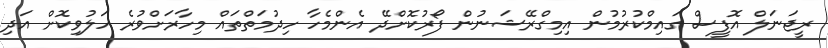
ރީޖަނަލް އޮފީސް ގައިމްކުރުމުން އިމިގްރޭޝަނުން ފޯރުކޮށްދޭ އެންމެހާ ހިދުމަތްތައް މިހާރަށްވުރެ ހަލުވިކޮށް އަދި